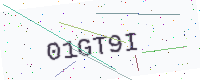
Text: 01GT9I